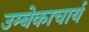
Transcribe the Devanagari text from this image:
उम्बेकाचार्य